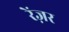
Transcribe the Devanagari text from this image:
रेंज़र